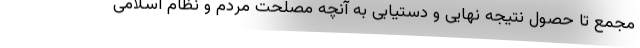
مجمع تا حصول نتیجه نهایی و دستیابی به آنچه مصلحت مردم و نظام اسلامی